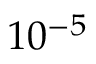
1 0 ^ { - 5 }